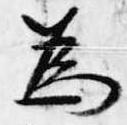
為